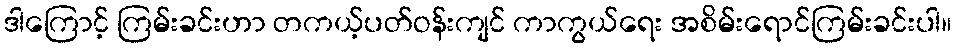
ဒါကြောင့် ကြမ်းခင်းဟာ တကယ့်ပတ်ဝန်းကျင် ကာကွယ်ရေး အစိမ်းရောင်ကြမ်းခင်းပါ။